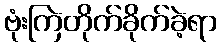
ဗုံးကြဲတိုက်ခိုက်ခဲ့ရာ